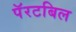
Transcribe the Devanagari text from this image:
पॅरटबिल